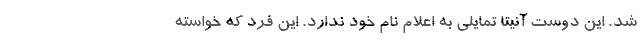
شد. این دوست آنیتا تمایلی به اعلام نام خود ندارد. این فرد که خواسته